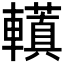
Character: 𮝮